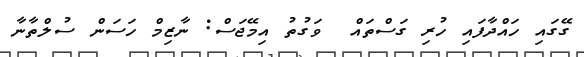
ގޭގައި ހައްދާފައި ހުރި ގަސްތައް  ވަގުތު އިމޭޖަސް: ނާޒިމް ހަސަން ސުލްތާނާ